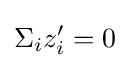
\Sigma _{i}z'_{i}=0